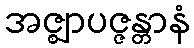
အဇ္ဈာပဇ္ဇန္တာနံ